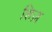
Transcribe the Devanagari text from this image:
शिज़